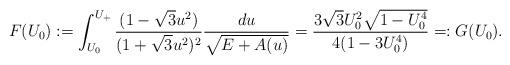
LaTeX: \begin{align*}F(U_0) := \int_{U_0}^{U_+} \frac{(1 - \sqrt{3} u^2)}{(1 + \sqrt{3} u^2)^2} \frac{du}{\sqrt{E + A(u)}} =\frac{3 \sqrt{3} U_0^2 \sqrt{1 - U_0^4}}{4 (1 - 3 U_0^4)} =: G(U_0).\end{align*}